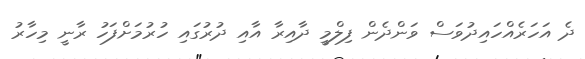
ދެ އަހަރެއްހައިދުވަސް ވަންދެން ފިލްމީ ދާއިރާ އާއި ދުރުގައި ހުރުމަށްފަހު ރާނީ މިހާރު